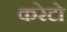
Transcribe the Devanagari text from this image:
करेटो